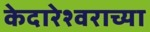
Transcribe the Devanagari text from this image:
केदारेश्वराच्या